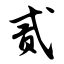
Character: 贰